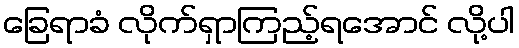
ခြေရာခံ လိုက်ရှာကြည့်ရအောင် လို့ပါ